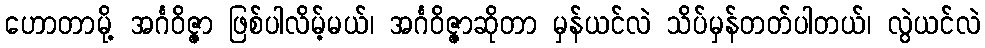
ဟောတာမို့ အင်္ဂဝိဇ္ဇာ ဖြစ်ပါလိမ့်မယ်၊ အင်္ဂဝိဇ္ဇာဆိုတာ မှန်ယင်လဲ သိပ်မှန်တတ်ပါတယ်၊ လွဲယင်လဲ